Tezpur Lunatic Asylum reports 1895-1904 - 1895-1904
Year: 1895
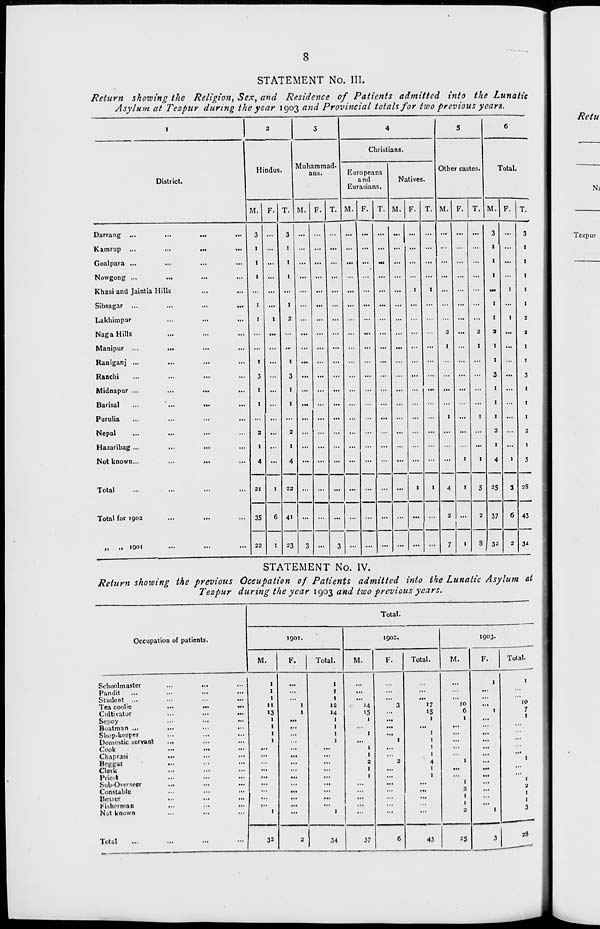
8
STATEMENT No. III.
Return showing the Religion, Sex, and Residence of Patients admitted into the Lunatic
Asylum at Tezpur during the year 1903 and Provincial totals for two previous years.
I
2
3
4
5
6
Hindus.
Muhammad-
ans.
Christians.
Other castes.
District.
Europeans
and
Eurasians.
Natives.
Total.
M. F. T. M. F. T. M. F. T. M. F. T. M. F. T, M. F. T.
Darrang ...
Kamrup ...
...
...
...
Goalpara ...
...
...
...
Nowgong ,."
•••
Khasi and Jaintia Hills
...
...
Sibsagar ...
...
...
...
Lakhimpur
Naga Hills
Manipur ...
...
Raniganj ...
Ranchi
Midnapur ...
...
...
Barisal
...
...
...
...
Purulia
...
...
...
...
Nepal
...
...
Hazaribag ...
Not known...
...
...
,..
3
1
1
1
1
1
1
3
1
1
2
I
4
1
3
:
1
1
1
2
!
3
1
1
2
1
4
...
...
...
...
...
...
...
1
1
2
!
I
1
2
1
1
1
3
2
1
4
1
1
1
3
1
1
1
1
1
2
2
1
1
3
1
I
1
2
1
5
Total
21
1
22
4»
... ... ... ...
... ...
1
1
4
1
5 25
3 23
Total for 1902
35
22
6
1
... ... ...
... ... ...
2
...
2
8
37
6 43
„
„ 1901
23
3 ...
3
...
... ... ...
7
1
32
2
34
STATEMENT No. IV.
Return showing the previous Occupation of Patients admitted into the Lunatic Asylum at
Tezpur during the year 1903 and two previous years.
Total.
Occupation of patients.
1901.
1902,
1903.
M.
F.
Total.
M.
F.
Total.
M.
F.
Total.
Schoolmaster
1
1
1
Pandit
...
...
...
1
...
...
...
Student ...
...
...
1
...
...
...
...
..
Tea coolie
...
...
...
11
1
12
"4
3
»7
10
..
10
Cultivator
...
«3
1
»4
15
...
15
6
t
7
Sepoy
...
...
1
1
...
1
1
..
1
Boatman ...
...
...
..
1
...
...
..
...
Shop-keeper
...
..
1
1
...
1
...
..
Domestic servant
...
1
...
1
1
...
.,
...
Cook
•••
«••
...
...
..
...
1
...
1
...
..
Chaprasi
...
...
..
...
I
...
1
...
..
...
Beggar
...
...
..
...
2
2
4
1
..
I
Clerk
...
...
..
...
1
...
I
...
..
...
Priest
...
...
...
...
.,
...
I
...
1
...
..
...
Sub-Overseer
...
...
...
...
...
1
'
Constable
•••
...
..
...
...
...
...
2
..
2
Bearer
...
...
..
...
...
...
...
1
..
1
Fisherman
...
»••
..
...
...
...
I
..
Nut known
...
1
••
1
...
...
...
2
1
3
Total
...
...
>■>
32
2
34
37
6
43
-'5
3
28